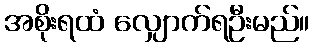
အစိုးရထံ လျှောက်ရဦးမည်။